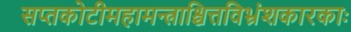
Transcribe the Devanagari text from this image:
सप्तकोटीमहामन्त्राश्चित्तविभ्रंशकारकाः